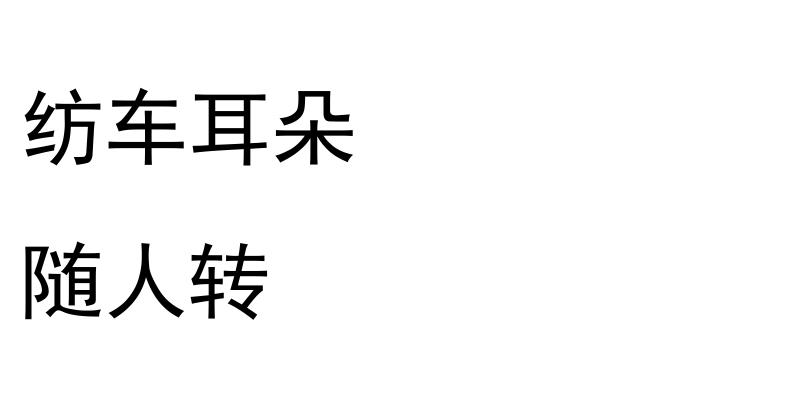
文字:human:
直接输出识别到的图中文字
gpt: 纺车耳朵 随人转